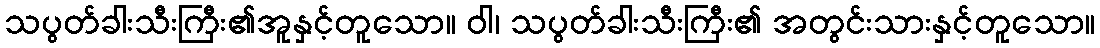
သပွတ်ခါးသီးကြီး၏အူနှင့်တူသော။ ဝါ၊ သပွတ်ခါးသီးကြီး၏ အတွင်းသားနှင့်တူသော။